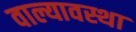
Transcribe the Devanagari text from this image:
वाल्यावस्था